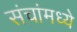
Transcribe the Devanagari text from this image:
संचांमध्ये